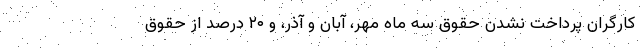
کارگران پرداخت نشدن حقوق سه ماه مهر، آبان و آذر، و ۲۰ درصد از حقوق